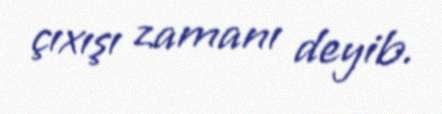
çıxışı zamanı deyib.